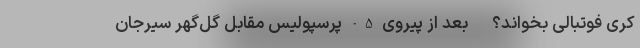
کُری فوتبالی بخواند؟ - بعد از پیروی 5-0 پرسپولیس مقابل گل‌گهر سیرجان